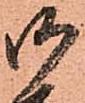
御